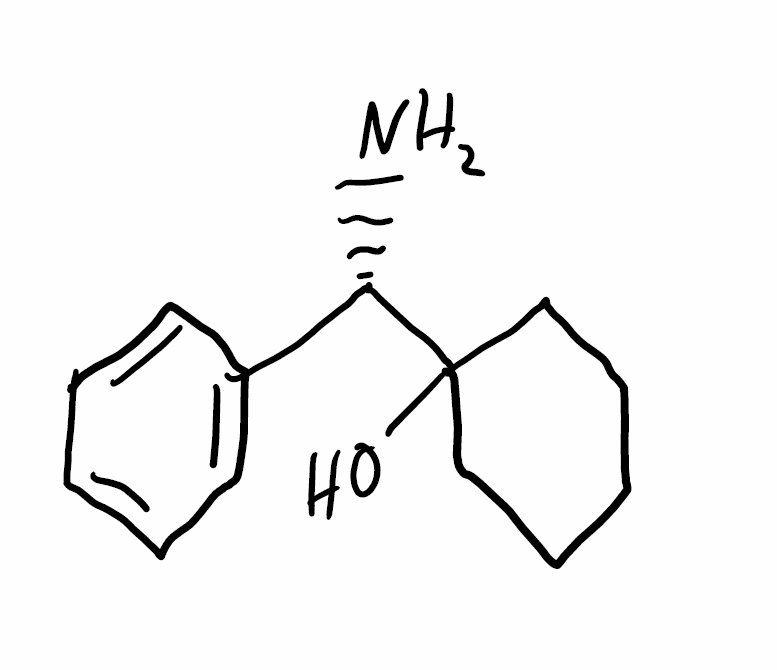
Simplified molecular-input line-entry system (SMILES) notation of the given molecule:
C1CCC(CC1)([C@H](C2=CC=CC=C2)N)O